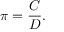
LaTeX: \pi = { \frac { C } { D } } .